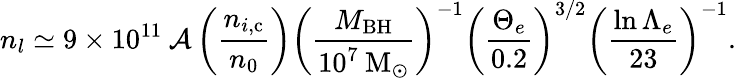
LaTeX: n_{l}\simeq 9\times 10^{11}\: \mathcal{A}\left(\frac{n_{i,\mathrm{c}}}{n_{0}}\right)\left(\frac{M_{\mathrm{BH}}}{10^{7}\: \mathrm{M}_{\odot}}\right)^{-1}\left(\frac{\Theta_{e}}{0.2}\right)^{3/2}\left(\frac{\ln{\Lambda_{e}}}{23}\right)^{-1}.